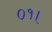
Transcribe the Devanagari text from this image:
०१।